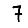
Digit: 7